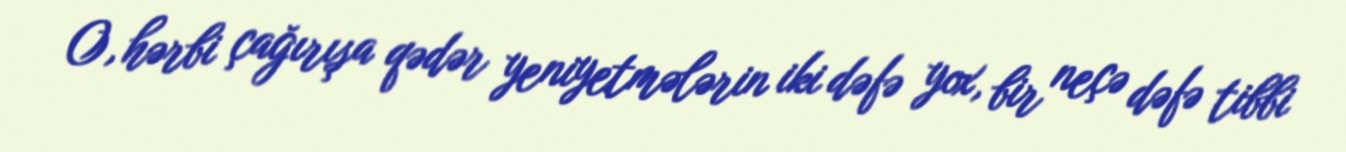
O, hərbi çağırışa qədər yeniyetmələrin iki dəfə yox, bir neçə dəfə tibbi